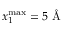
x _ { 1 } ^ { \mathrm { m a x } } = 5 \mathrm { ~ \AA ~ }